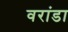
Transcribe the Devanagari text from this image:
वरांडा